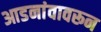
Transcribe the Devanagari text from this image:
आडनांवावरून